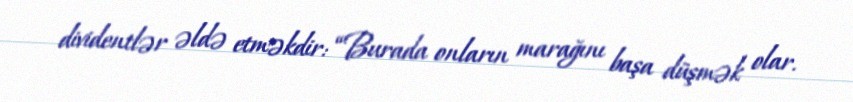
dividentlər əldə etməkdir: “Burada onların marağını başa düşmək olar.